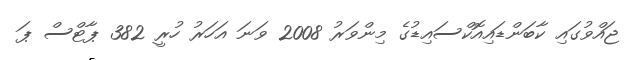
ޖައްވުގައި ކާބަންޑައިއޮކްސައިޑުގެ މިންވަރު 2008 ވަނަ އަހަރު ހުރީ 382 ޕާޓްސް ޕަ